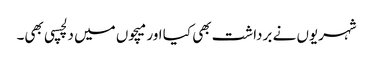
شہریوں نے برداشت بھی کیا اور میچوں میں دلچسپی بھی۔